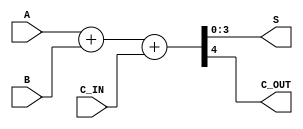
module IC74HC283(
    input [3:0] A,
    input [3:0] B,
    input C_IN,
    output wire [3:0] S,
    output wire C_OUT
);

wire [4:0] calc;

assign calc = A + B + C_IN;
assign S = calc[3:0];
assign C_OUT = calc[4:4];

endmodule